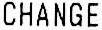
CHANGE